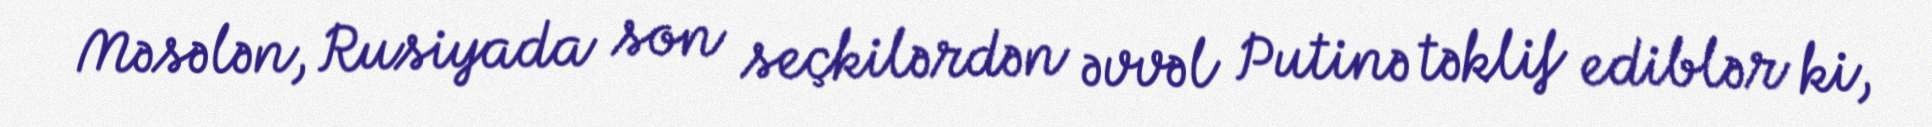
Məsələn, Rusiyada son seçkilərdən əvvəl Putinə təklif ediblər ki,